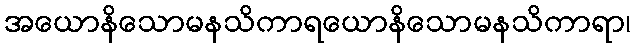
အယောနိသောမနသိကာရယောနိသောမနသိကာရာ၊